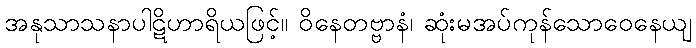
အနုသာသနာပါဋိဟာရိယဖြင့်။ ဝိနေတဗ္ဗာနံ၊ ဆုံးမအပ်ကုန်သောဝေနေယျ